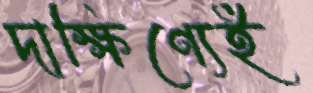
দাক্ষিণ্যেই